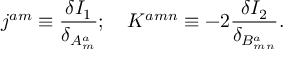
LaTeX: j ^ { a m } \equiv \frac { \delta I _ { 1 } } { \delta _ { A _ { m } ^ { a } } } ; \quad K ^ { a m n } \equiv - 2 \frac { \delta I _ { 2 } } { \delta _ { B _ { m n } ^ { a } } } .